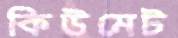
কিউমেট